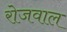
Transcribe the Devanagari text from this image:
रोजवाल